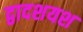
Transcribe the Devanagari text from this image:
द्वादशयश